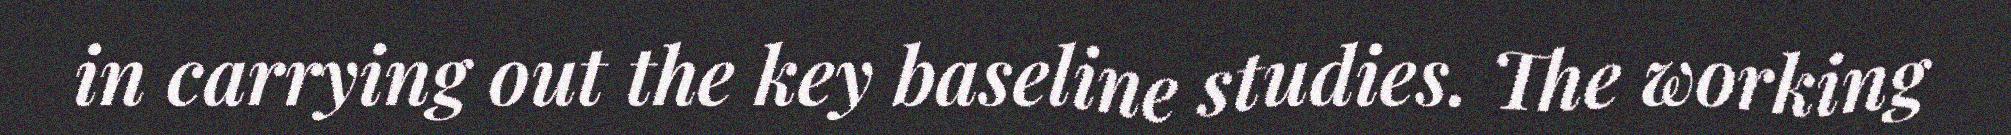
in carrying out the key baseline studies. The working